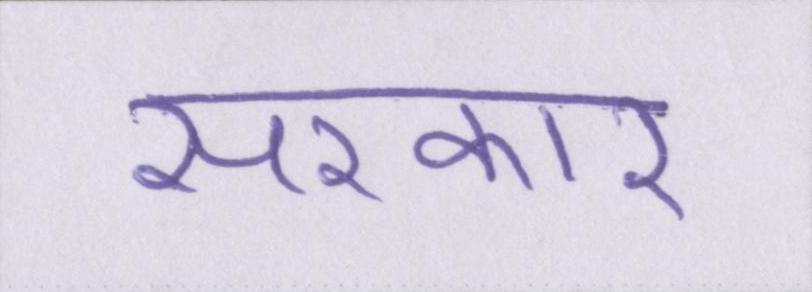
सरकार